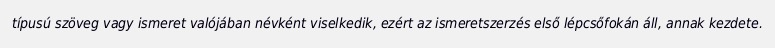
típusú szöveg vagy ismeret valójában névként viselkedik, ezért az ismeretszerzés első lépcsőfokán áll, annak kezdete.